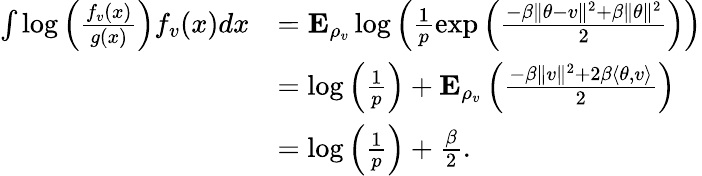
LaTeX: \begin{array}{rl}{\int\log\left(\frac{f_{v}(x)}{g(x)}\right)f_{v}(x)dx}&{={\mathbf E}_{\rho_{v}}\log\left(\frac{1}{p}\exp\left(\frac{-\beta\| \theta-v\| ^{2}+\beta\| \theta\| ^{2}}{2}\right)\right)}\\ &{=\log\left(\frac{1}{p}\right)+{\mathbf E}_{\rho_{v}}\left(\frac{-\beta\| v\| ^{2}+2\beta\langle\theta,v\rangle}{2}\right)}\\ &{=\log\left(\frac{1}{p}\right)+\frac{\beta}{2}.}\end{array}